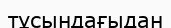
тұсындағыдан